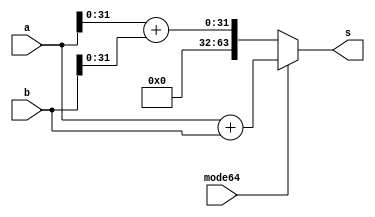
`timescale 1ns / 1ps
//////////////////////////////////////////////////////////////////////////////////
// Company: 
// Engineer: 
// 
// Design Name: 
// Module Name: madd_
// Project Name: 
// Target Devices: 
// Tool Versions: 
// Description: 
// 
// Dependencies: 
// 
// Revision:
// Revision 0.01 - File Created
// Additional Comments:
// 
//////////////////////////////////////////////////////////////////////////////////

module madd_32_64
(
    // Control
    input mode64,

    // Inputs
    input [63:0] a,
    input [63:0] b,

    // Output
    output [63:0] s

);

assign s = mode64 ? a + b : {32'h00000000, a[31:0] + b[31:0]};

endmodule